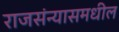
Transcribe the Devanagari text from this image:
राजसंन्यासमधील